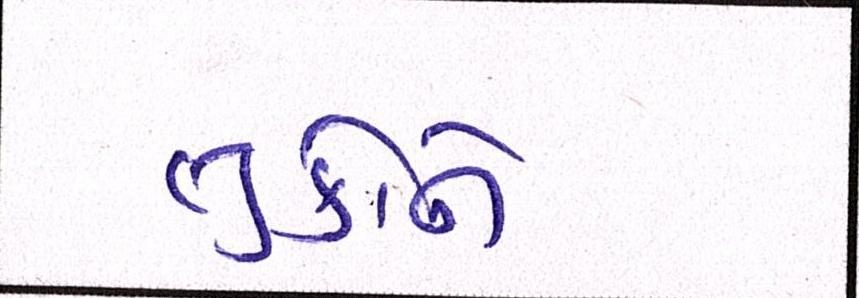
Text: તુર્કીનો